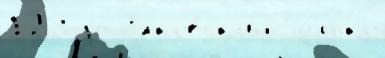
129 до З'́лковск'ий То́лько